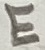
Text: E